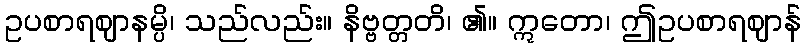
ဥပစာရဈာနမ္ပိ၊ သည်လည်း။ နိဗ္ဗတ္တတိ၊ ၏။ ဣတော၊ ဤဥပစာရဈာန်